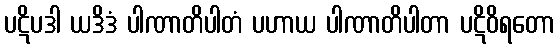
ပဋိပဒါ ယဒိဒံ ပါဏာတိပါတံ ပဟာယ ပါဏာတိပါတာ ပဋိဝိရတော